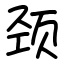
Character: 颈